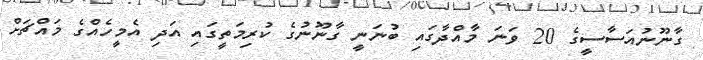
ގާނޫނުއަސާސީގެ 20 ވަނަ މާއްދާގައި ބުނަނީ ގާނޫނުގެ ކުރިމަތީގައި އަދި އެމީހެއްގެ މައްޗަށް